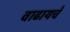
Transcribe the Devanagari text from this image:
वाढायचे